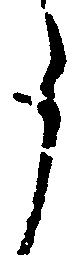
う